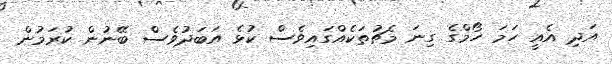
އަދި އެއީ ހަމަ ހޯމްގެ ގިނަ މެޗުތަކެއްގައިވެސް ކުޅެ އަބަދުވެސް ބޭނުން ކުރަމުން